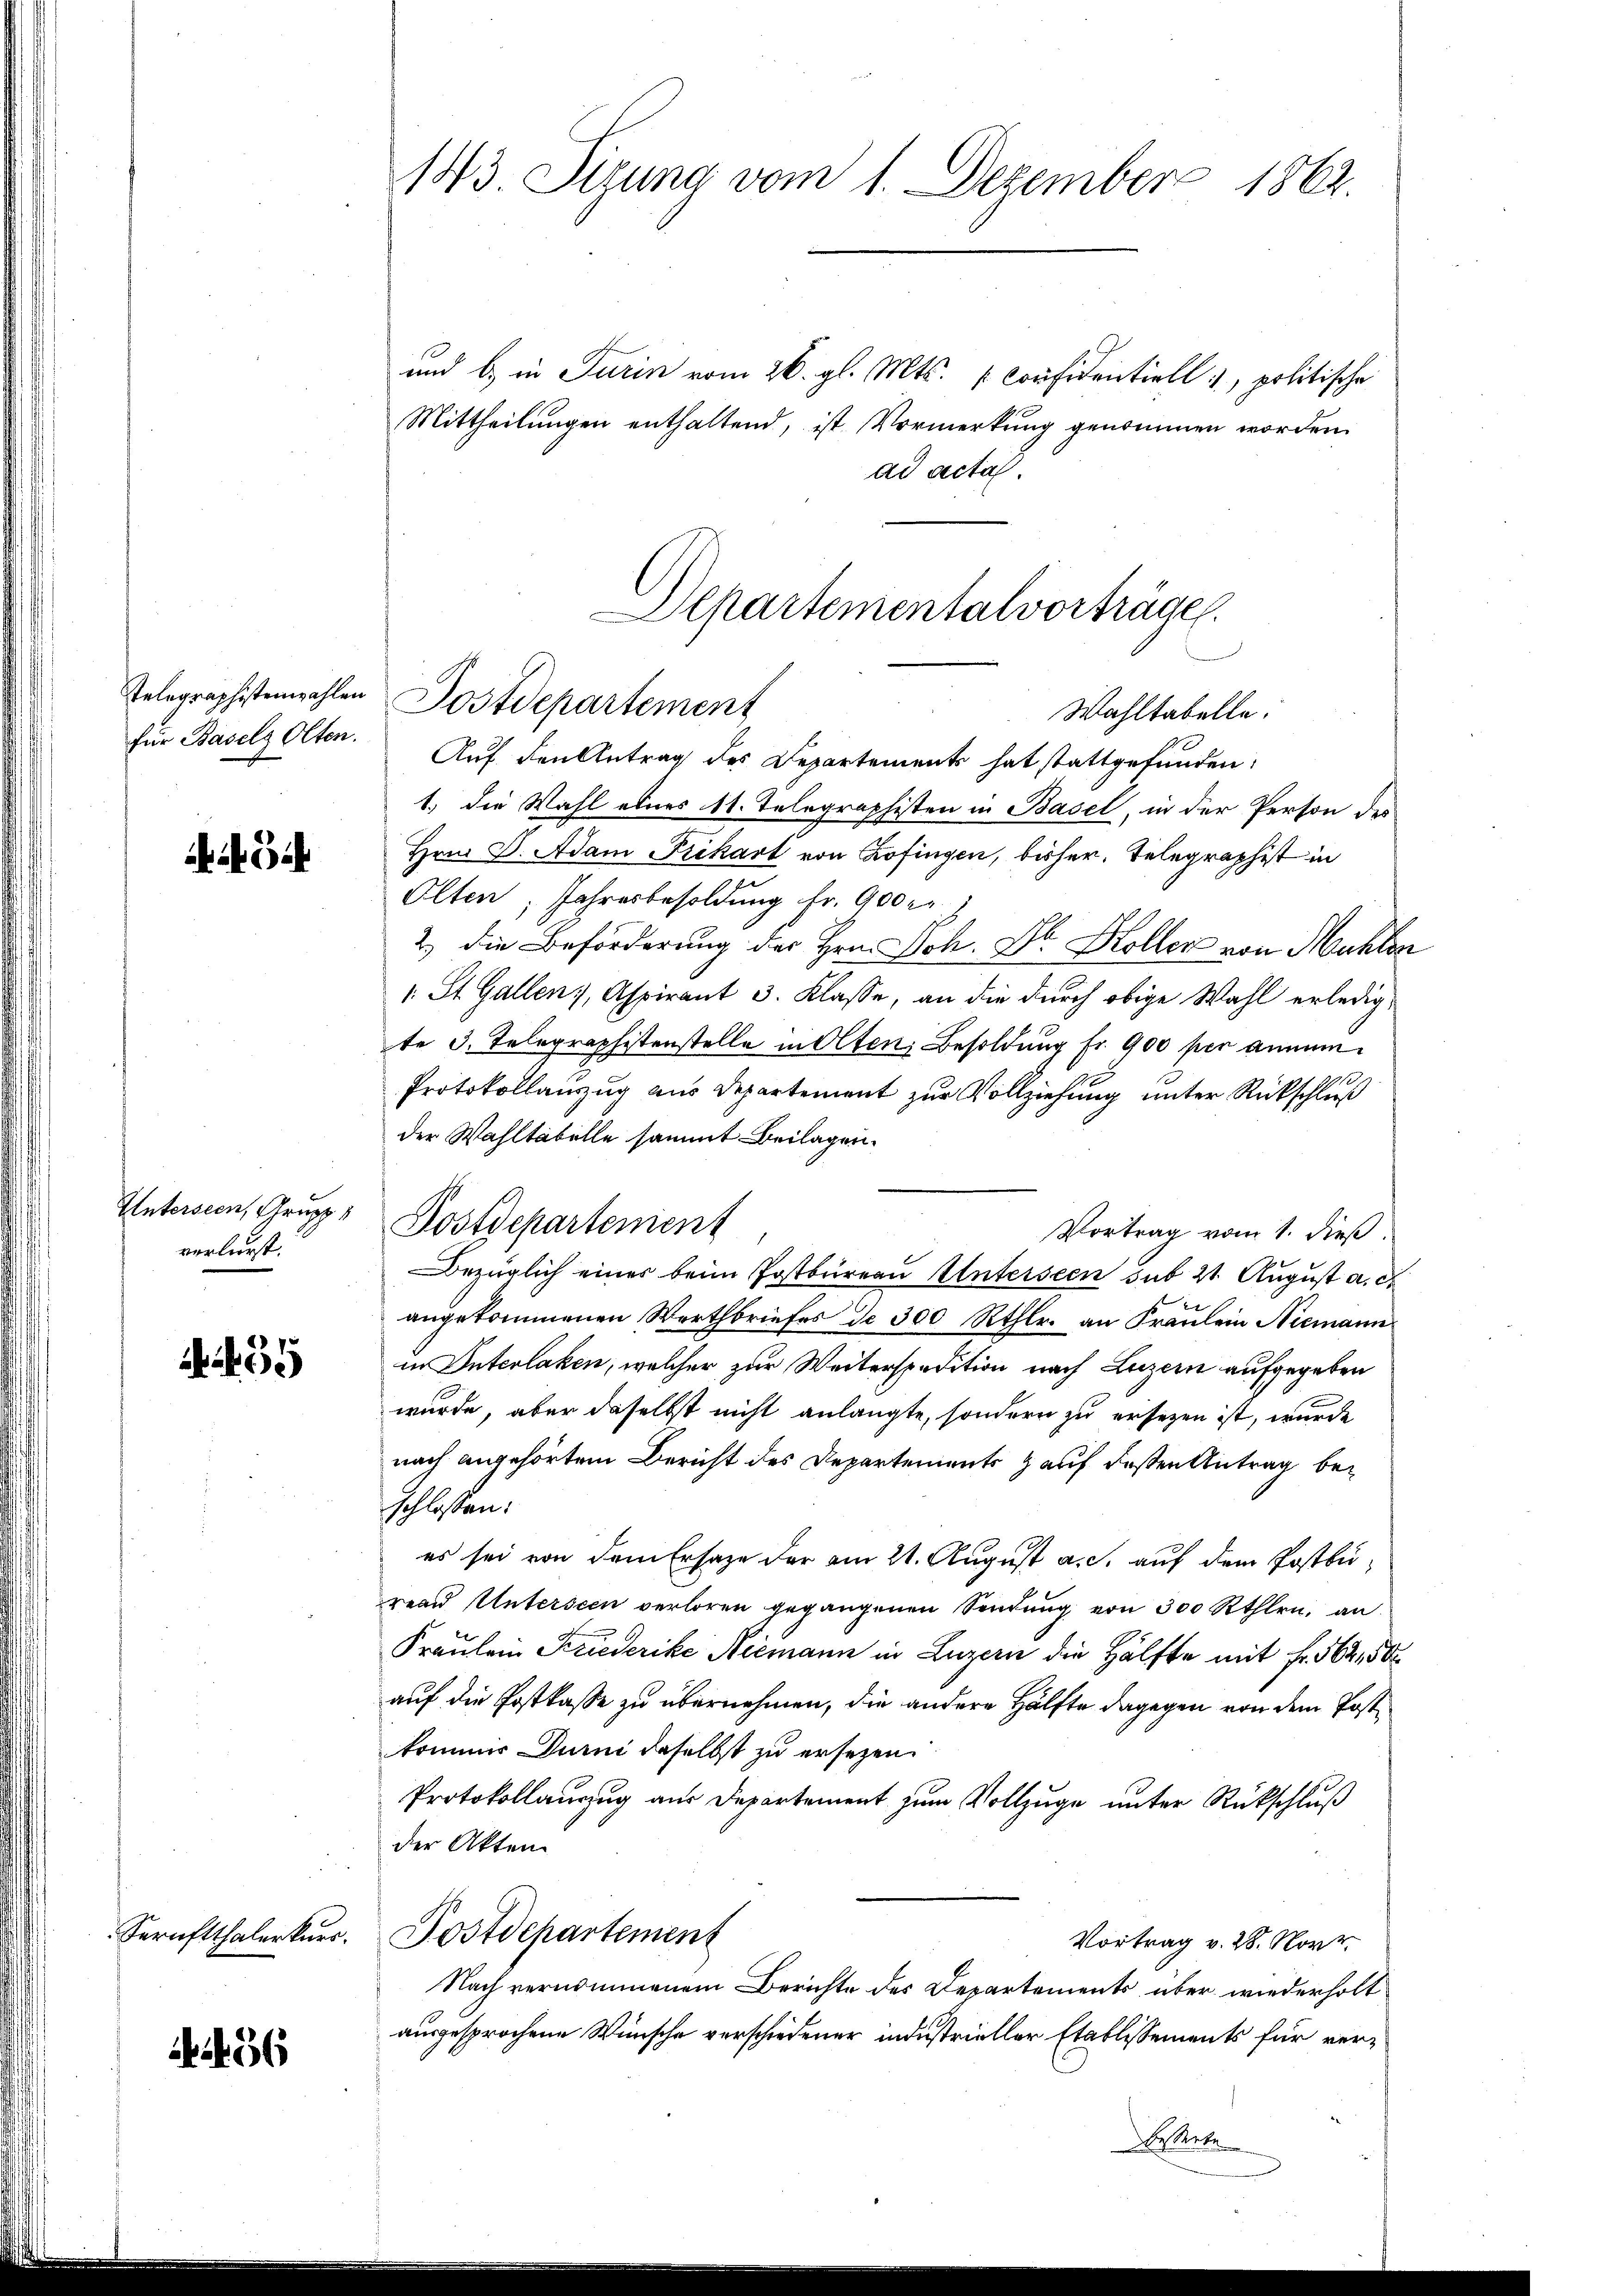
für Basels Olten.

i

verlurst.

3

456

143. Sizung vom 1. Dezember 1862.

und b.) in Turin vom 26. gl. Mts. Confidentiell, politische
Mittheilungen enthaltend, ist Vormerkung genommen worden.
ad acta.
Auf den Antrag des Departements hat stattgefunden,
1.) Die Wahl eines 11. Telegraphisten in Basel, in der Person des
Hrn. F. Adam Frikart von Zofingen, bisher. Telegraphist in
Olten, Jahresbesoldung fr. 900 r.
2.) Die Beförderung der Hrn. Joh. Dr. Koller von Mühlen
1. St. Gallen, Aspirant 3. Klasse, an die durch obige Wahl erledigte 3. Telegraphistenstelle in Olten, Besoldung fr. 900 per annum¬
Protokollanzug aus Departement zur Vollziehung unter Rückschluß
der Wahltabelle sammt Beilagen.
Vortrag vom 1. dieß.
Bezüglich einer beim Postbureau Unterseen sub 21. August a. d
angekommenen Werthbriefes de 300 Rthlr. an Fräulein Niemann
in Interlaken, welcher zur Weiterspedition nach Luzern aufgegeben
wurde, aber daselbst nicht anlangte, sondern zu ersetzen ist, wurde
nach angehörtem Bericht des Departements auf deßen Antrag beschlossen:
es sei von dem Ersatze der am 21. August a. c. auf dem Postburean Unterseen verloren gegangenen Sendung von 300 Rthlen, an
Fräulein Friederike Niemann in Luzern die Hälfte mit fr. 562,50
auf die Postkasse zu übernehmen, die andere Hälfte dagegen von dem Postkommis Durni daselbst zu ersezen
Protokollauszug aus Departement zum Vollzuge unter Rückschluß
der Akten.
Sernftthalerkŭrr. Postdepartement
Vortrag v. 28. Nov.
Nach vernommenem Berichte des Departements über wiederholt
ausgesprochene Wünsche verschiedener industrieller Etablissements für ver¬
Besserte

Departementalvorträge.
Telegraphistenzahlen Postdepartement
Wahltabelle.

Untersion, Grupp, Postdepartement